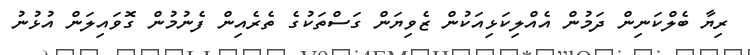
ރިޔާ ބެލްކަނިން ދަމުން އެއްލިކަޅިއަކުން ޒެވިޔަން ގަސްތަކުގެ ތެރެއިން ފެނުމުން ގޮވައިލަން އުޅުނު